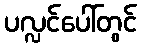
ပလ္လင်ပေါ်တွင်